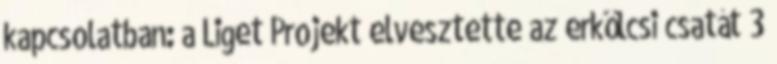
kapcsolatban: a Liget Projekt elvesztette az erkölcsi csatát 3